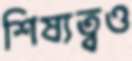
শিষ্যত্বও